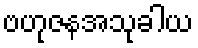
ဗဟုဇနအသုခါယ